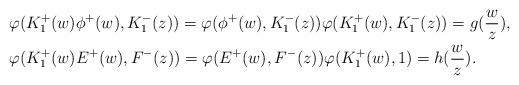
LaTeX: \begin{align*}& \varphi(K_1^+(w) \phi^+(w), K_1^-(z)) = \varphi(\phi^+(w),K_1^-(z)) \varphi(K_1^+(w),K_1^-(z)) = g(\frac{w}{z}), \\& \varphi(K_1^+(w) E^+(w), F^-(z)) = \varphi(E^+(w),F^-(z))\varphi(K_1^+(w),1) = h(\frac{w}{z}).\end{align*}